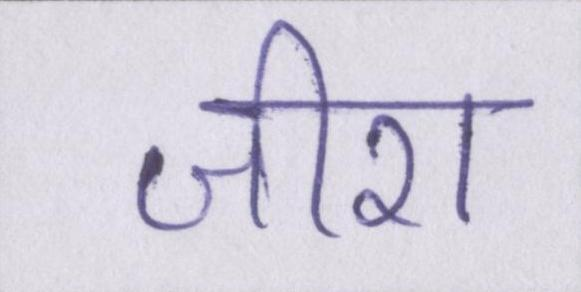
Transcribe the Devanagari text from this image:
जीरा